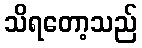
သိရတော့သည်